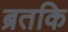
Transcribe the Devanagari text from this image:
ब्रतकि